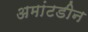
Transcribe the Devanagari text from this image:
अमांटडीन